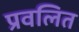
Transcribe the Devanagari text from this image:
प्रवलित